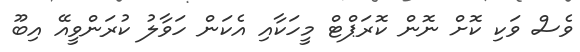
ވެސް ވަކި ކޮށް ނޮން ކޮރަޕްޓް މީހަކާއި އެކަން ހަވާލު ކުރަންވީއޭ އިބޫ